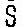
S